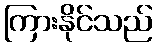
ကြားနိုင်သည်